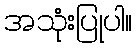
အသုံးပြုပါ။